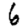
Digit: 6